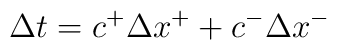
\Delta t = c^+\Delta x^++c^-\Delta x^-